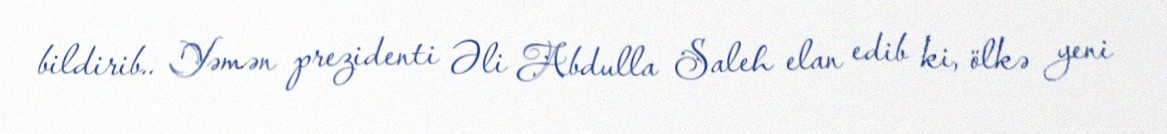
bildirib.. Yəmən prezidenti Əli Abdulla Saleh elan edib ki, ölkə yeni